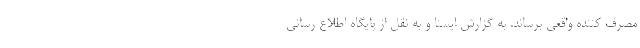
مصرف کننده واقعی برساند. به گزارش ایسنا و به نقل از پایگاه اطلاع رسانی